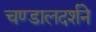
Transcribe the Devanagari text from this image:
चण्डालदर्शने